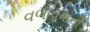
વળાવવાની